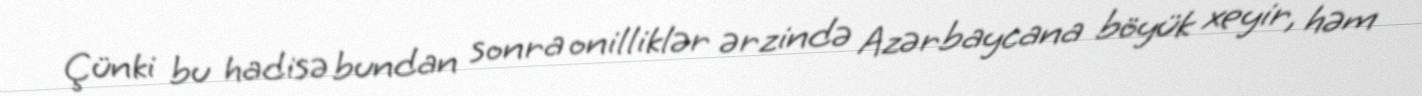
Çünki bu hadisə bundan sonra onilliklər ərzində Azərbaycana böyük xeyir, həm